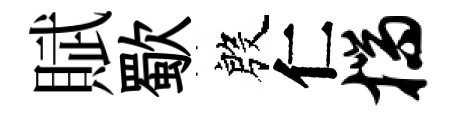
賦歜殷仁揣